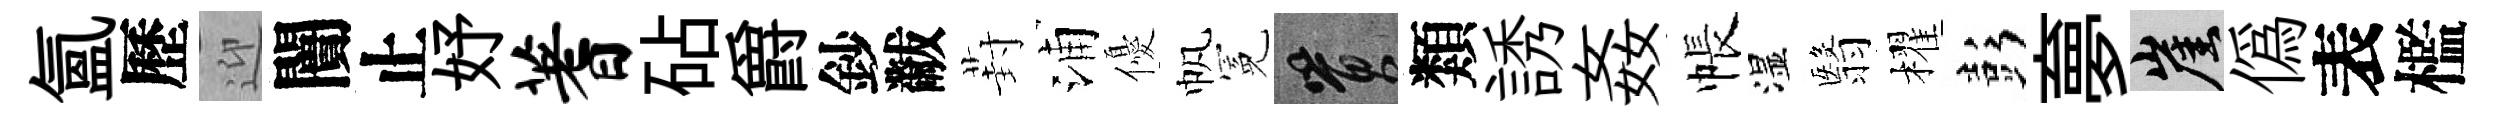
氲歷迎闠止妤蓍砧爵鈔黻葑浦優帆冕篔類誘姦帳湿翳櫂彭夣崖偽表檻